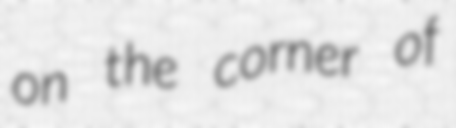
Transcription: on the corner of